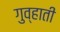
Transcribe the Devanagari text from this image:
गुव्हाती